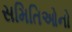
સમિતિઓનો